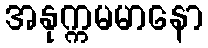
အနုက္ကမမာနော